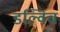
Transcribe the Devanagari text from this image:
डल्विच